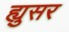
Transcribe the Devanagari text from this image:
ह्युसर